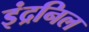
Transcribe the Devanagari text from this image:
इंद्रनिल